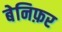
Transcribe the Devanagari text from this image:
बेनिफ़र